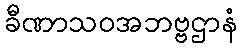
ခီဏာသဝအဘဗ္ဗဌာနံ